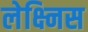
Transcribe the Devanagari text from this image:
लेक्ष्निस